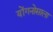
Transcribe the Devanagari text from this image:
योंगनोसाला